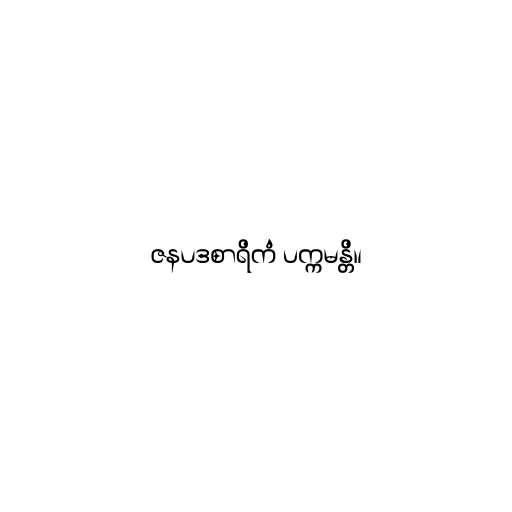
ဇနပဒစာရိကံ ပက္ကမန္တိ။